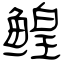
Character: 鳇